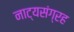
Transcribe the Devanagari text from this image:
नाट्यसंग्रह